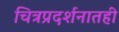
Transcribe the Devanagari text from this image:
चित्रप्रदर्शनातही